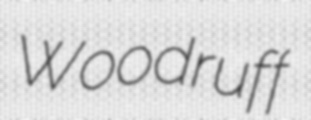
Woodruff